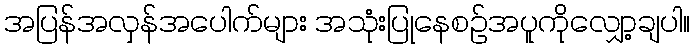
အပြန်အလှန်အပေါက်များ အသုံးပြုနေစဉ်အပူကိုလျှော့ချပါ။